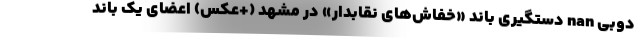
دوبی nan دستگیری باند «خفاش‌های نقابدار» در مشهد (+عکس) اعضای یک باند